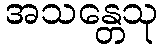
အသန္တေသု